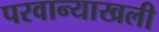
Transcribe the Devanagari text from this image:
परवान्याखली